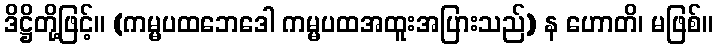
ဒိဋ္ဌိတို့ဖြင့်။ (ကမ္မပထဘေဒေါ ကမ္မပထအထူးအပြားသည်) န ဟောတိ၊ မဖြစ်။